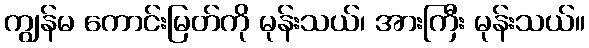
ကျွန်မ ကောင်းမြတ်ကို မုန်းသယ်၊ အားကြီး မုန်းသယ်။